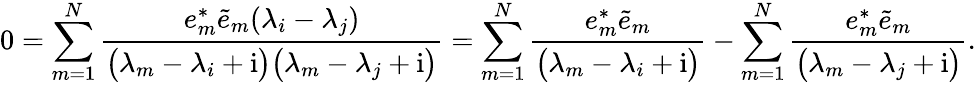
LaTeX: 0=\sum_{m=1}^{N}\frac{e_{m}^{*}\tilde{e}_{m}(\lambda_{i}-\lambda_{j})}{\big(\lambda_{m}-\lambda_{i}+\mathrm{i}\big)\big(\lambda_{m}-\lambda_{j}+\mathrm{i}\big)}=\sum_{m=1}^{N}\frac{e_{m}^{*}\tilde{e}_{m}}{\big(\lambda_{m}-\lambda_{i}+\mathrm{i}\big)}-\sum_{m=1}^{N}\frac{e_{m}^{*}\tilde{e}_{m}}{\big(\lambda_{m}-\lambda_{j}+\mathrm{i}\big)}.